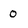
Character: 0